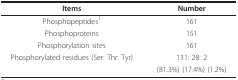
<table><thead><tr><td><b>Items</b></td><td><b>Number</b></td></tr></thead><tbody><tr><td>Phosphopeptides<sup>1</sup></td><td>161</td></tr><tr><td>Phosphoproteins</td><td>151</td></tr><tr><td>Phosphorylation sites</td><td>161</td></tr><tr><td>Phosphorylated residues (Ser: Thr: Tyr)</td><td>131: 28: 2</td></tr><tr><td></td><td>(81.3%) (17.4%) (1.2%)</td></tr></tbody></table>